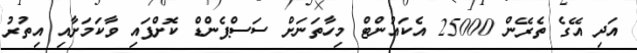
އަދި އޭގެ ތެރޭން 25000 އެކައުންޓް މިހާތަނަށް ސަސްޕެންޑް ކޮށްފައި ވާކަމަށާއި އިތުރު